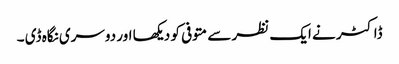
ڈاکٹر نے ایک نظر سے متوفی کو دیکھا اور دوسری نگاہ ڈی ۔